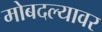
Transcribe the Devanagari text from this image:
मोबदल्यावर